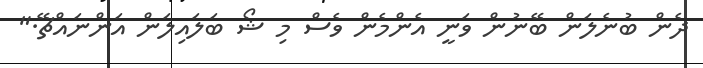
ދެން ބުނެލަން ބޭނުން ވަނީ އެންމެން ވެސް މި ޝޯ ބަލައިލަން އަންނައްޗޭ."